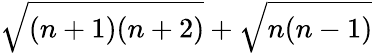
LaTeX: \sqrt{(n+1)(n+2)}+\sqrt{n(n-1)}